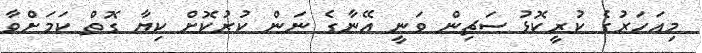
މިއަހަރުގެ ކުރީކޮޅު ސަޗިން ވަނީ އޭނާގެ ނަން ކުރުކޮށް ކިޔާ ގޮތް ކަމަށްވާ